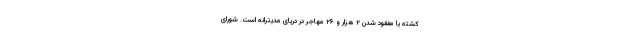
کشته یا مفقود شدن ۲ هزار و ۲۶ مهاجر در دریای مدیترانه است. شورای